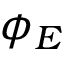
\phi _ { E }